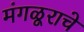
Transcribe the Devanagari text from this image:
मंगळूराचे